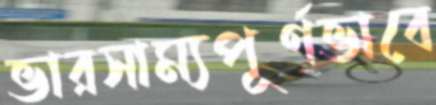
ভারসাম্যপূর্ণভাবে